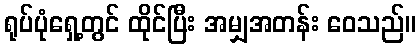
ရုပ်ပုံရှေ့တွင် ထိုင်ပြီး အမျှအတန်း ဝေသည်။